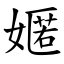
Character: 嫟